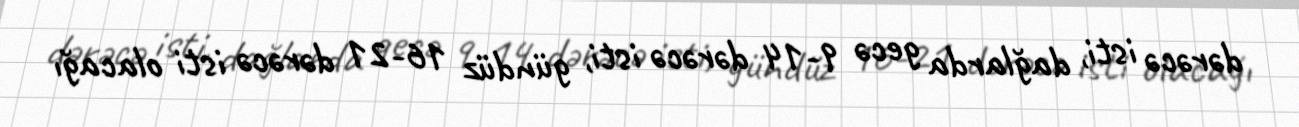
dərəcə isti, dağlarda gecə 9-14 dərəcə isti, gündüz 16-21 dərəcə isti olacağı